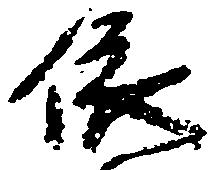
儀